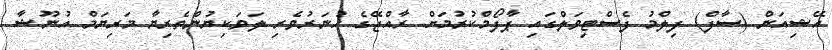
އޭޝިއަން (ސާފް) ފިލްމު ފެސްޓިވަލްގައި ޕާފޯމްކުރުމަށް ރާއްޖޭގެ ހުނަރުވެރި ލަވަކިޔުންތެރިޔާ މަރިޔަމް އުނޫޝާ